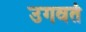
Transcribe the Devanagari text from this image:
उगवतं